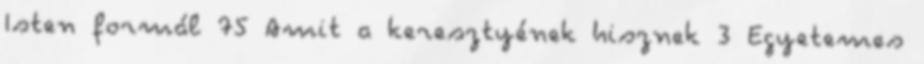
Isten formál 75 Amit a keresztyének hisznek 3 Egyetemes